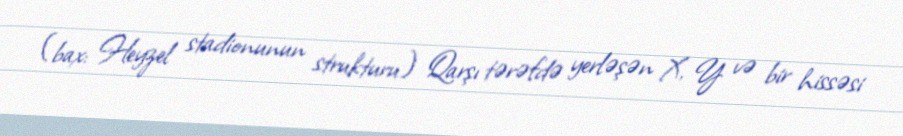
(bax: Heyzel stadionunun strukturu) Qarşı tərəfdə yerləşən X, Y və bir hissəsi